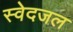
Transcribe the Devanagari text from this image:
स्वेदजल